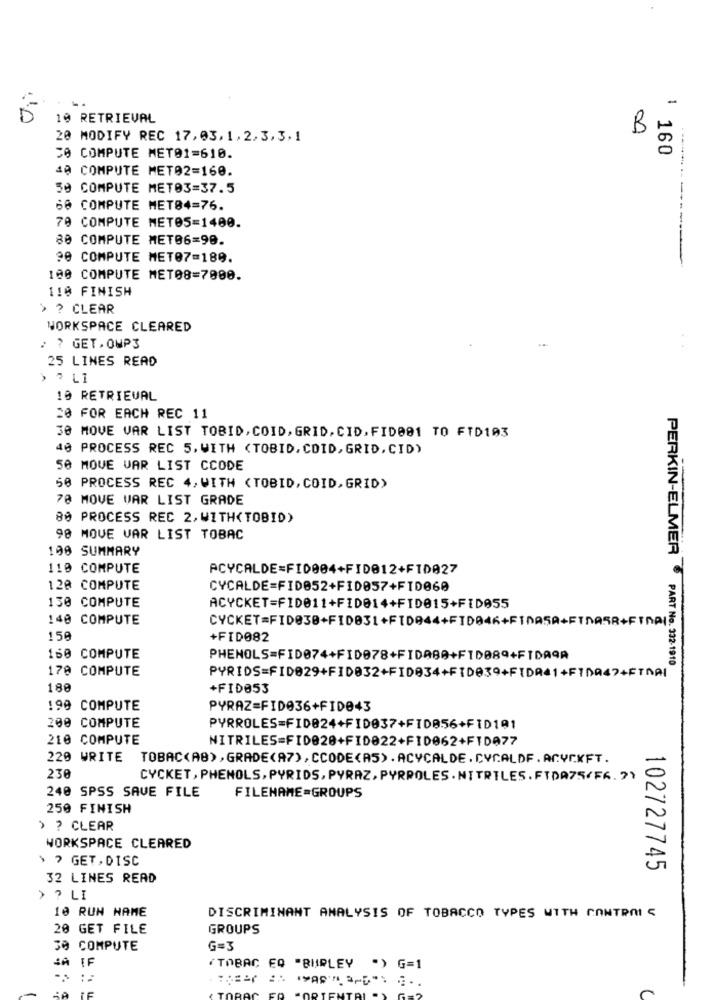
10 RETRIEVAL
B
20 MODIFY REC 17,03,1,2,3,3,1
1 160
50 COMPUTE MET01=610.
40 COMPUTE MET02=160.
50 COMPUTE MET03=37.5
66 COMPUTE MET84=76.
70 COMPUTE METOS=1400.
80 COMPUTE MET06=90.
90 COMPUTE MET07=189.
100 COMPUTE MET08=7000.
110 FINISH
> ? CLEAR
WORKSPACE CLEARED
> ? GET.OMP3
25 LINES READ
> 7 LI
10 RETRIEVAL
20 FOR EACH REC 11
30 MOVE VAR LIST TOBID, COID, GRID. CID, FID001 TO FTD103
40 PROCESS REC 5, WITH <TOBID, COID, GRID, CID)
50 MOVE VAR LIST CCODE
50 PROCESS REC 4, WITH <TOBID, COID, GRID)
70 MOVE VAR LIST GRADE
80 PROCESS REC 2, WITH(TOBID)
98 MOVE VAR LIST TOBAC
100 SUMMARY
110 COMPUTE
ACYCALDE=FI0004+FID012+FID027
12ª COMPUTE
CYCALDE=FID052+FID057+FID060
130 COMPUTE
ACYCKET=FID011+FID014+FID015+FID055
140 COMPUTE
158
+FID082
160 COMPUTE
PHENOLS=FID074+FID078+FIDA80+FID089+FTDA9A
170 COMPUTE
PERKIN-ELMER PART No. 332-1910
PYRIDS=FID029+FID032+FID034+FID039+FIDR41+FIDA47+FTNAI
180
+FID053
199 COMPUTE
PYRAZ=FID036+FID043
200 COMPUTE
PYRROLES=FID024+FID037+FI0056+FID101
210 COMPUTE
NITRILES=FID020+FID822+FID062+FIDA77
220 WRITE TOBAC(AB),GRADE(A7),CCODE(AS).ACYCALDE.CYCALDF.ACYCKFT.
230
CYCKET, PHENOLS, PYRIDS, PYRAZ, PYRPOLES . NITRILES.FTDA75/F6.>>
240 SPSS SAVE FILE
FILENAME=GROUPS
250 FINISH
› ? CLEAR
WORKSPACE CLEARED
> > GET , DISC
102727745
32 LINES READ
> ? LI
10 RUN NAME
DISCRIMINANT ANALYSIS OF TOBACCO TYPES WITH CONTROL S
20 GET FILE
GROUPS
30 COMPUTE
G=3
SA IF
(TOBAC EQ "BURLEY ") G=1